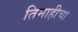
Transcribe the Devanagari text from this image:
तिमाहीचा